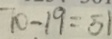
7 0 - 1 9 = 5 1